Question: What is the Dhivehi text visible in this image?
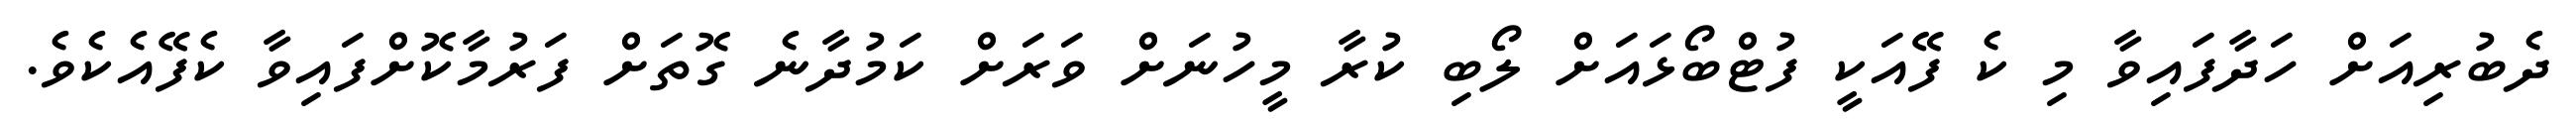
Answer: ދެބުރިއަށް ހަދާފައިވާ މި ކެ ފޭއަކީ ފުޓްބޯޅައަށް ލޯބި ކުރާ މީހުނަށް ވަރަށް ކަމުދާނެ ގޮތަށް ފަރުމާކޮށްފައިވާ ކެފޭއެކެވެ.